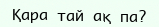
Қара тай ақ па?